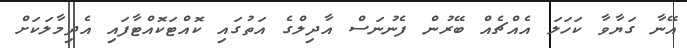
އޭނާ ގަޔާވާ ކަހަލަ އެއްޗެއް ބޭރުން ފެނުނަސް އާދިލްގެ އަތުގައި ކޮއްޓަކޮއްޓާފައި އެދިމާލަކަށް